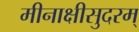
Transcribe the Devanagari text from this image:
मीनाक्षीसुदरम्